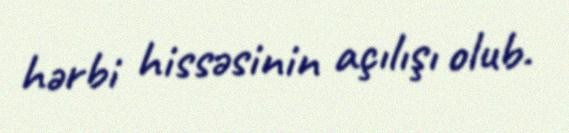
hərbi hissəsinin açılışı olub.